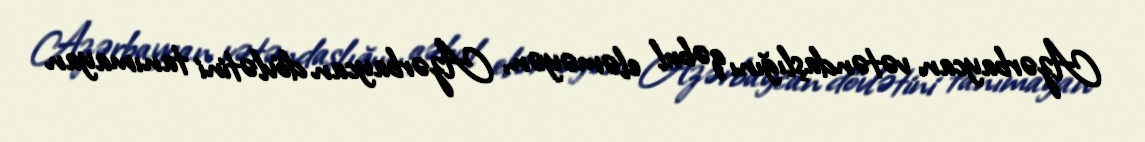
Azərbaycan vətəndaşlığını qəbul eləməyən, Azərbaycan dövlətini tanımayan